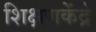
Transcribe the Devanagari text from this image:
शिक्षणकेंद्रे